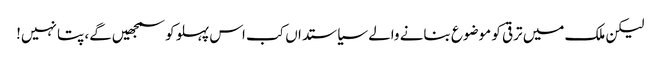
لیکن ملک میں ترقی کو موضوع بنانے والے سیاستداں کب اس پہلو کو سمجھیں‌گے، پتا نہیں!